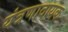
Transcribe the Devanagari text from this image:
यंत्रणादायक